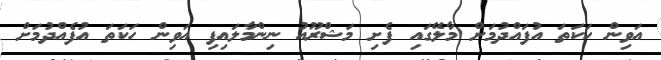
އަވިން ހަކަތަ އުފައްދުމަށް މާލޭގައި ފެށި މަޝްރޫއު ނިންމާލައިފި އަވިން ހަކަތަ އުފެއްދުމަށް